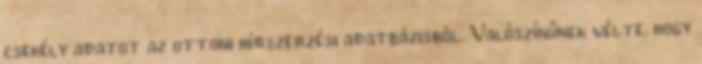
csekély adatot az ottani hírszerzési adatbázisból. Valószínűnek vélte, hogy